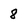
Character: 8